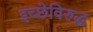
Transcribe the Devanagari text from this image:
इच्छेविरुद्ध